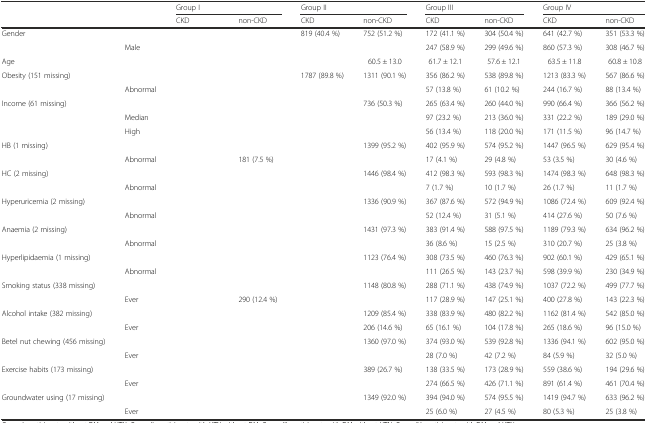
<table><thead><tr><td rowspan="2">[EMPTY_CELL]</td><td rowspan="2">[EMPTY_CELL]</td><td colspan="2"><b>Group I</b></td><td colspan="2"><b>Group II</b></td><td colspan="2"><b>Group III</b></td><td colspan="2"><b>Group IV</b></td></tr><tr><td><b>CKD</b></td><td><b>non-CKD</b></td><td><b>CKD</b></td><td><b>non-CKD</b></td><td><b>CKD</b></td><td><b>non-CKD</b></td><td><b>CKD</b></td><td><b>non-CKD</b></td></tr></thead><tbody><tr><td rowspan="2">Gender</td><td>[EMPTY_CELL]</td><td>[EMPTY_CELL]</td><td>[EMPTY_CELL]</td><td>819 (40.4 %)</td><td>752 (51.2 %)</td><td>172 (41.1 %)</td><td>304 (50.4 %)</td><td>641 (42.7 %)</td><td>351 (53.3 %)</td></tr><tr><td>Male</td><td>[EMPTY_CELL]</td><td>[EMPTY_CELL]</td><td>[EMPTY_CELL]</td><td>[EMPTY_CELL]</td><td>247 (58.9 %)</td><td>299 (49.6 %)</td><td>860 (57.3 %)</td><td>308 (46.7 %)</td></tr><tr><td>Age</td><td>[EMPTY_CELL]</td><td>[EMPTY_CELL]</td><td>[EMPTY_CELL]</td><td>[EMPTY_CELL]</td><td>60.5 ± 13.0</td><td>61.7 ± 12.1</td><td>57.6 ± 12.1</td><td>63.5 ± 11.8</td><td>60.8 ± 10.8</td></tr><tr><td rowspan="2">Obesity (151 missing)</td><td>[EMPTY_CELL]</td><td>[EMPTY_CELL]</td><td>[EMPTY_CELL]</td><td>1787 (89.8 %)</td><td>1311 (90.1 %)</td><td>356 (86.2 %)</td><td>538 (89.8 %)</td><td>1213 (83.3 %)</td><td>567 (86.6 %)</td></tr><tr><td>Abnormal</td><td>[EMPTY_CELL]</td><td>[EMPTY_CELL]</td><td>[EMPTY_CELL]</td><td>[EMPTY_CELL]</td><td>57 (13.8 %)</td><td>61 (10.2 %)</td><td>244 (16.7 %)</td><td>88 (13.4 %)</td></tr><tr><td rowspan="3">Income (61 missing)</td><td>[EMPTY_CELL]</td><td>[EMPTY_CELL]</td><td>[EMPTY_CELL]</td><td>[EMPTY_CELL]</td><td>736 (50.3 %)</td><td>265 (63.4 %)</td><td>260 (44.0 %)</td><td>990 (66.4 %)</td><td>366 (56.2 %)</td></tr><tr><td>Median</td><td>[EMPTY_CELL]</td><td>[EMPTY_CELL]</td><td>[EMPTY_CELL]</td><td>[EMPTY_CELL]</td><td>97 (23.2 %)</td><td>213 (36.0 %)</td><td>331 (22.2 %)</td><td>189 (29.0 %)</td></tr><tr><td>High</td><td>[EMPTY_CELL]</td><td>[EMPTY_CELL]</td><td>[EMPTY_CELL]</td><td>[EMPTY_CELL]</td><td>56 (13.4 %)</td><td>118 (20.0 %)</td><td>171 (11.5 %)</td><td>96 (14.7 %)</td></tr><tr><td rowspan="2">HB (1 missing)</td><td>[EMPTY_CELL]</td><td>[EMPTY_CELL]</td><td>[EMPTY_CELL]</td><td>[EMPTY_CELL]</td><td>1399 (95.2 %)</td><td>402 (95.9 %)</td><td>574 (95.2 %)</td><td>1447 (96.5 %)</td><td>629 (95.4 %)</td></tr><tr><td>Abnormal</td><td>[EMPTY_CELL]</td><td>181 (7.5 %)</td><td>[EMPTY_CELL]</td><td>[EMPTY_CELL]</td><td>17 (4.1 %)</td><td>29 (4.8 %)</td><td>53 (3.5 %)</td><td>30 (4.6 %)</td></tr><tr><td rowspan="2">HC (2 missing)</td><td>[EMPTY_CELL]</td><td>[EMPTY_CELL]</td><td>[EMPTY_CELL]</td><td>[EMPTY_CELL]</td><td>1446 (98.4 %)</td><td>412 (98.3 %)</td><td>593 (98.3 %)</td><td>1474 (98.3 %)</td><td>648 (98.3 %)</td></tr><tr><td>Abnormal</td><td>[EMPTY_CELL]</td><td>[EMPTY_CELL]</td><td>[EMPTY_CELL]</td><td>[EMPTY_CELL]</td><td>7 (1.7 %)</td><td>10 (1.7 %)</td><td>26 (1.7 %)</td><td>11 (1.7 %)</td></tr><tr><td rowspan="2">Hyperuricemia (2 missing)</td><td>[EMPTY_CELL]</td><td>[EMPTY_CELL]</td><td>[EMPTY_CELL]</td><td>[EMPTY_CELL]</td><td>1336 (90.9 %)</td><td>367 (87.6 %)</td><td>572 (94.9 %)</td><td>1086 (72.4 %)</td><td>609 (92.4 %)</td></tr><tr><td>Abnormal</td><td>[EMPTY_CELL]</td><td>[EMPTY_CELL]</td><td>[EMPTY_CELL]</td><td>[EMPTY_CELL]</td><td>52 (12.4 %)</td><td>31 (5.1 %)</td><td>414 (27.6 %)</td><td>50 (7.6 %)</td></tr><tr><td rowspan="2">Anaemia (2 missing)</td><td>[EMPTY_CELL]</td><td>[EMPTY_CELL]</td><td>[EMPTY_CELL]</td><td>[EMPTY_CELL]</td><td>1431 (97.3 %)</td><td>383 (91.4 %)</td><td>588 (97.5 %)</td><td>1189 (79.3 %)</td><td>634 (96.2 %)</td></tr><tr><td>Abnormal</td><td>[EMPTY_CELL]</td><td>[EMPTY_CELL]</td><td>[EMPTY_CELL]</td><td>[EMPTY_CELL]</td><td>36 (8.6 %)</td><td>15 (2.5 %)</td><td>310 (20.7 %)</td><td>25 (3.8 %)</td></tr><tr><td rowspan="2">Hyperlipidaemia (1 missing)</td><td>[EMPTY_CELL]</td><td>[EMPTY_CELL]</td><td>[EMPTY_CELL]</td><td>[EMPTY_CELL]</td><td>1123 (76.4 %)</td><td>308 (73.5 %)</td><td>460 (76.3 %)</td><td>902 (60.1 %)</td><td>429 (65.1 %)</td></tr><tr><td>Abnormal</td><td>[EMPTY_CELL]</td><td>[EMPTY_CELL]</td><td>[EMPTY_CELL]</td><td>[EMPTY_CELL]</td><td>111 (26.5 %)</td><td>143 (23.7 %)</td><td>598 (39.9 %)</td><td>230 (34.9 %)</td></tr><tr><td rowspan="2">Smoking status (338 missing)</td><td>[EMPTY_CELL]</td><td>[EMPTY_CELL]</td><td>[EMPTY_CELL]</td><td>[EMPTY_CELL]</td><td>1148 (80.8 %)</td><td>288 (71.1 %)</td><td>438 (74.9 %)</td><td>1037 (72.2 %)</td><td>499 (77.7 %)</td></tr><tr><td>Ever</td><td>[EMPTY_CELL]</td><td>290 (12.4 %)</td><td>[EMPTY_CELL]</td><td>[EMPTY_CELL]</td><td>117 (28.9 %)</td><td>147 (25.1 %)</td><td>400 (27.8 %)</td><td>143 (22.3 %)</td></tr><tr><td rowspan="2">Alcohol intake (382 missing)</td><td>[EMPTY_CELL]</td><td>[EMPTY_CELL]</td><td>[EMPTY_CELL]</td><td>[EMPTY_CELL]</td><td>1209 (85.4 %)</td><td>338 (83.9 %)</td><td>480 (82.2 %)</td><td>1162 (81.4 %)</td><td>542 (85.0 %)</td></tr><tr><td>Ever</td><td>[EMPTY_CELL]</td><td>[EMPTY_CELL]</td><td>[EMPTY_CELL]</td><td>206 (14.6 %)</td><td>65 (16.1 %)</td><td>104 (17.8 %)</td><td>265 (18.6 %)</td><td>96 (15.0 %)</td></tr><tr><td rowspan="2">Betel nut chewing (456 missing)</td><td>[EMPTY_CELL]</td><td>[EMPTY_CELL]</td><td>[EMPTY_CELL]</td><td>[EMPTY_CELL]</td><td>1360 (97.0 %)</td><td>374 (93.0 %)</td><td>539 (92.8 %)</td><td>1336 (94.1 %)</td><td>602 (95.0 %)</td></tr><tr><td>Ever</td><td>[EMPTY_CELL]</td><td>[EMPTY_CELL]</td><td>[EMPTY_CELL]</td><td>[EMPTY_CELL]</td><td>28 (7.0 %)</td><td>42 (7.2 %)</td><td>84 (5.9 %)</td><td>32 (5.0 %)</td></tr><tr><td rowspan="2">Exercise habits (173 missing)</td><td>[EMPTY_CELL]</td><td>[EMPTY_CELL]</td><td>[EMPTY_CELL]</td><td>[EMPTY_CELL]</td><td>389 (26.7 %)</td><td>138 (33.5 %)</td><td>173 (28.9 %)</td><td>559 (38.6 %)</td><td>194 (29.6 %)</td></tr><tr><td>Ever</td><td>[EMPTY_CELL]</td><td>[EMPTY_CELL]</td><td>[EMPTY_CELL]</td><td>[EMPTY_CELL]</td><td>274 (66.5 %)</td><td>426 (71.1 %)</td><td>891 (61.4 %)</td><td>461 (70.4 %)</td></tr><tr><td rowspan="2">Groundwater using (17 missing)</td><td>[EMPTY_CELL]</td><td>[EMPTY_CELL]</td><td>[EMPTY_CELL]</td><td>[EMPTY_CELL]</td><td>1349 (92.0 %)</td><td>394 (94.0 %)</td><td>574 (95.5 %)</td><td>1419 (94.7 %)</td><td>633 (96.2 %)</td></tr><tr><td>Ever</td><td>[EMPTY_CELL]</td><td>[EMPTY_CELL]</td><td>[EMPTY_CELL]</td><td>[EMPTY_CELL]</td><td>25 (6.0 %)</td><td>27 (4.5 %)</td><td>80 (5.3 %)</td><td>25 (3.8 %)</td></tr></tbody></table>